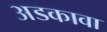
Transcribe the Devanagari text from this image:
अडकावा